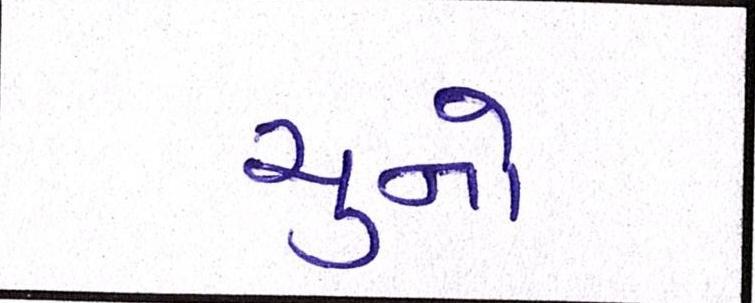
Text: ચુનો